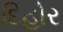
દિહોર